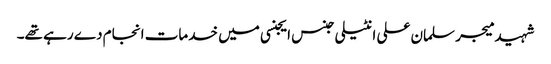
شہید میجر سلمان علی انٹیلی جنس ایجنسی میں خدمات انجام دے رہے تھے۔